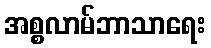
အစ္စလာမ်ဘာသာရေး